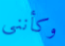
وكأننى